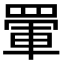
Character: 𮊋